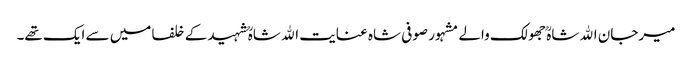
میرجان اﷲ شاہؒ جھولک والے مشہور صوفی شاہ عنایت اﷲ شاہؒ شہید کے خلفا میں سے ایک تھے۔